画像に写った文字を読んでください
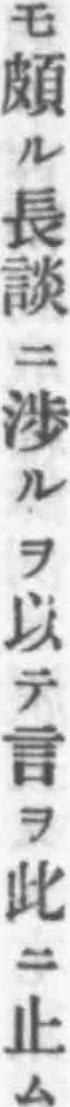
「モ頗ル長談ニ渉ルヲ以テ言ヲ此ニ止ム」と書いてあります